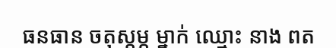
ធនធាន ចតុស្តម្ភ ម្នាក់ ឈ្មោះ នាង ពត